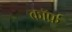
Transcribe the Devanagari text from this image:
कॉर्फ़